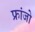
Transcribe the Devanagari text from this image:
फ्रांजो